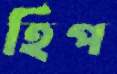
হিপ